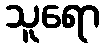
သူရော